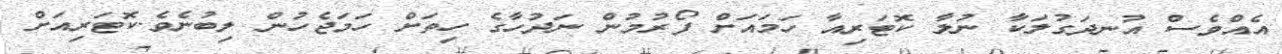
އެއްވެސް އުނދަގުލަކާ ނުލާ ކޮޓަރިއާ ހަމައަށް ފޯރުމުން ނަދުހާގެ ހިތަށް ހަމަޖެހުން ލިބުނެވެ.ކޮޓަރިއަށް